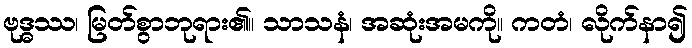
ဗုဒ္ဓဿ၊ မြတ်စွာဘုရား၏။ သာသနံ၊ အဆုံးအမကို။ ကတံ၊ လိုက်နာ၍